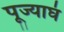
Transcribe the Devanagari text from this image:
पूज्याघं